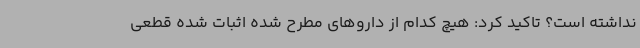
نداشته است؟ تاکید کرد: هیچ کدام از داروهای مطرح شده اثبات شده قطعی